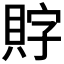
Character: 𲂯